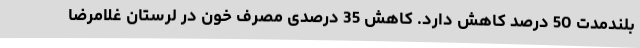
بلندمدت 50 درصد کاهش دارد. کاهش 35 درصدی مصرف خون در لرستان غلامرضا